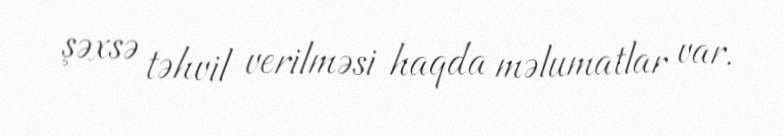
şəxsə təhvil verilməsi haqda məlumatlar var.